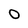
Character: O